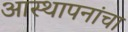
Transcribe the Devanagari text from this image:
आस्थापनांचा